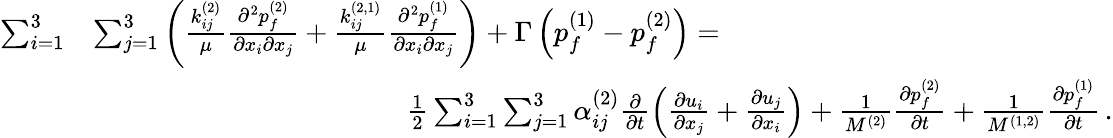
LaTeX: \begin{array}{rl}{\sum_{i=1}^{3}}&{\sum_{j=1}^{3}\left(\frac{k_{ij}^{(2)}}{\mu}\frac{\partial^{2}{p_{f}^{(2)}}}{\partial{x_{i}}\partial{x_{j}}}+\frac{k_{ij}^{(2,1)}}{\mu}\frac{\partial^{2}{p_{f}^{(1)}}}{\partial{x_{i}}\partial{x_{j}}}\right)+\Gamma\left(p_{f}^{(1)}-p_{f}^{(2)}\right)=\hphantom{XXXXXXXXXXXXX}}\\ &{\hphantom{XXXXXXXXXXXXX}\frac{1}{2}\sum_{i=1}^{3}\sum_{j=1}^{3}\alpha_{ij}^{(2)}\frac{\partial}{\partial{t}}\left(\frac{\partial{u_{i}}}{\partial{x_{j}}}+\frac{\partial{u_{j}}}{\partial{x_{i}}}\right)+\frac{1}{M^{(2)}}\frac{\partial{p_{f}^{(2)}}}{\partial{t}}+\frac{1}{M^{(1,2)}}\frac{\partial{p_{f}^{(1)}}}{\partial{t}}\, .}\end{array}